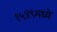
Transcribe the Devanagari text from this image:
१५४९मध्ये